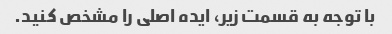
با توجه به قسمت زیر، ایده اصلی را مشخص کنید.